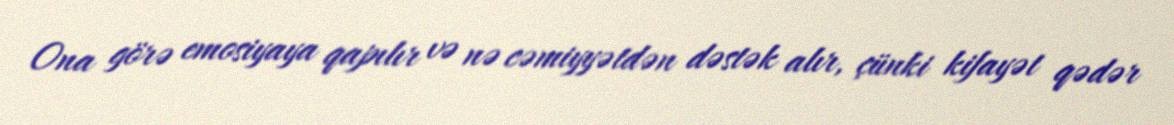
Ona görə emosiyaya qapılır və nə cəmiyyətdən dəstək alır, çünki kifayət qədər